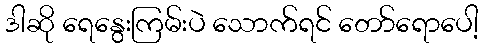
ဒါဆို ရေနွေးကြမ်းပဲ သောက်ရင် တော်ရောပေါ့